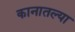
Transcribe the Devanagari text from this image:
कानातल्या